Civil Veterinary Department Bihar & Orissa reports 1911-21 - 1911-1921
Year: 1911
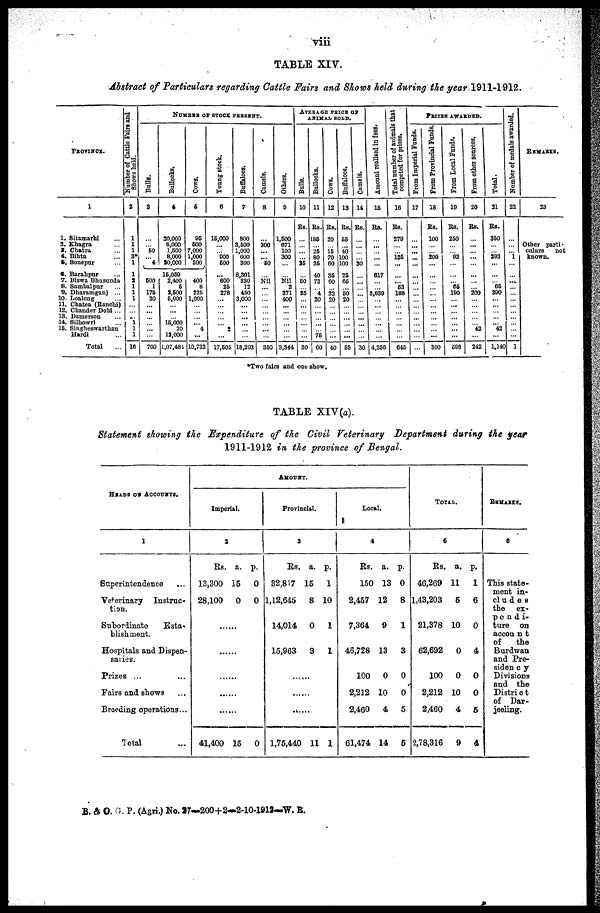
viii
TABLE XIV.
Abstract of Particulars regarding Cattle Fairs and Shows held during the year 1911-1912.
PROVINCE.
1
1. Sitamarhi ...
2. Khagra ...
3. Chatra ...
4. Bihta ...
5. Sonepur ...
6. Barahpur ...
7. Biswa Bhasanda
8. Sambalpur ...
9. Dharamganj ...
10. Loalong ...
11. Chatea (Ranchi)
12. Chander Dobi ...
13. Damecrson ...
14. Silhowri ...
16. Singheswarthan5
Hardi ...
Total
Number of Cattle Fairs and
Shows held.
2
1
1
1
3*
1
1
a
1
1
1
...
1
1
1
16
NUMBER OF STOCK PRESENT.
Balls.
3
60
4
600
1
176
30
760
Bullocks.
4
20,000
6,000
1,600
8.000
20,000
15,059
2,400
6
1,600
6,000
16,000
20
11,000
1,07,481
Cows.
5
06
600
7,000
1,000
600
400
8
26
1,000
4
10,732
Young stock.
6
16,000
000
600
800
25
278
2
17,605
Buffaloes.
7
800
3,500
1,000
600 300
8,301
330
12
450
3,000
18,203
Camels.
8
300
60
Nil
350
Others.
9
1,600
671
100
300
Nil
2
371
400
3,344
Average price of
ANIMAL SOLO.
Bulls.
10
Rs.
25
60
26
30
Bullocks.
11
Rs.
185
?5
80
36
40
72
4
20
76
60
Cows.
12
Rs.
20
16
70
60
36
60
32
20
| 40
Buffaloes.
13
Rs.
66
40
100
100
25
65
60
20
Camels.
14
Rs.
30
|
30
Amount realised in fees.
15
Rs.
617
3,630
4,256
Total number of animals that
competed for prizes.
16
Rs.
270
125
63
188
645
PRIZES AWARDED
From Imperial Funds.
17
...
...
From Provincial Funds.
18
Rs.
100
200
...
300
From Local Funds.
19
Rs.
250
03
65
100
598
From other sources.
20
Rs.
...
200
...
42
242
Total.
21
Rs.
350
203
65
300
42
1,140
Number of medals awarded.
22
1
...
1
REMARKS.
23
Other parti-
culars
not
known.
*Two fairs and out show.
TABLE XIV(a).
Statement showing the Expenditure of the Civil Veterinary Department during the year
1911-1912 in the province of Bengal.
HEADS OF ACCOUNTS.
1
Superintendence ...
Veterinary
Instruc-
tion.
Subordinate
Esta-
blishment.
Hospitals and Dispen-
saries.
Prizes ...
Fairs and shows ...
Brooding operations...
Total
AMOUNT.
Imperial.
2
Rs. a. p.
13,300 15
0
28,100
0
0
......
......
......
......
......
41,400 16
0
Provincial.
3
Rs. a. p.
32,817 15
1
1,12,645
8 10
14,014
0
1
15,963
3
1
......
......
......
1,75,440 11 1
Local.
4
Rs. a. p.
150 13 0
2,457 12
8
7,364
9
1
46,728 13
3
100
0
0
2,212 10
0
2,460
4
5
61,474 14
6
TOTAL.
5
Rs. a. p.
46,269 11
1
1,43,203
5
6
21.378 10
0
62,692
0
4
100
0
0
2,212 10
0
2,460
4
5
2,78,316
9
4
REMARKS.
6
This state-
ment in-
cludes
the
ex-
pendi-
ture on
account
of
the
Burdwan
and Pre-
sidency
Divisions
and the
District
of Dar-
jeeling.
B. & O. i. P. (Agri.) No. 27—200+2—2-10-1912—W. R.